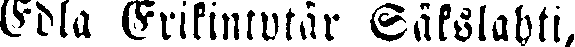
Edla Erikintutär Säkslahti,